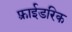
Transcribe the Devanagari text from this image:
फ़्राईडरिक